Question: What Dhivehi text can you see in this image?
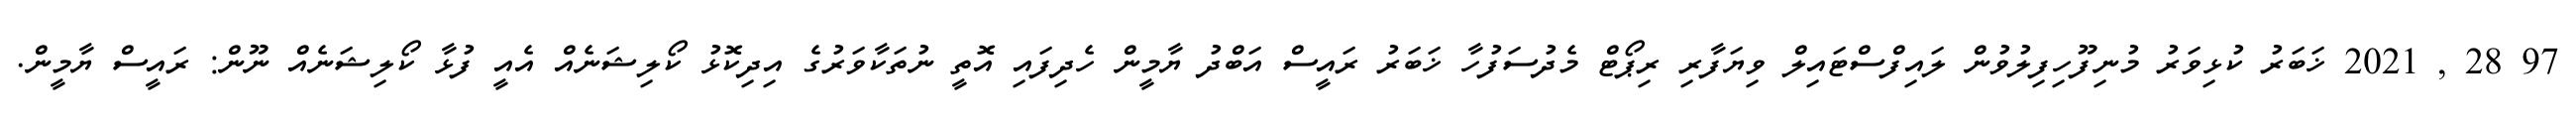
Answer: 97 28 , 2021 ޚަބަރު ކުޅިވަރު މުނިފޫހިފިލުވުން ލައިފްސްޓައިލް ވިޔަފާރި ރިޕޯޓް މެދުސަފުހާ ޚަބަރު ރައީސް އަބްދު ޔާމީން ހެދިފައި އޮތީ ނުތަކާވަރުގެ އިދިކޮޅު ކޯލިޝަނެއް އެއީ ފުޅާ ކޯލިޝަނެއް ނޫން: ރައީސް ޔާމީން.